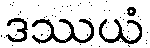
ဒဿယံ